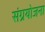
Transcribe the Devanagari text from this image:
संग्रयोजना